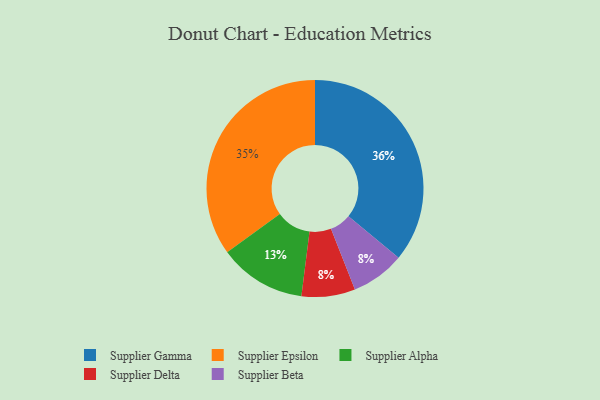
{"axis": {"x": "Category", "y": "Percentage"}, "legend": ["Supplier Alpha", "Supplier Beta", "Supplier Delta", "Supplier Epsilon", "Supplier Gamma"], "data": [{"x": "Supplier Gamma", "y": 36, "type": "Supplier Gamma"}, {"x": "Supplier Alpha", "y": 13, "type": "Supplier Alpha"}, {"x": "Supplier Delta", "y": 8, "type": "Supplier Delta"}, {"x": "Supplier Beta", "y": 8, "type": "Supplier Beta"}, {"x": "Supplier Epsilon", "y": 35, "type": "Supplier Epsilon"}]}